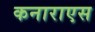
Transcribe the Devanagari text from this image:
कनाराएस